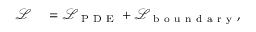
\begin{array} { r l } { \mathcal { L } } & { { } = \mathcal { L } _ { \mathrm { ~ P ~ D ~ E ~ } } + \mathcal { L } _ { \mathrm { ~ b ~ o ~ u ~ n ~ d ~ a ~ r ~ y ~ } } , } \end{array}